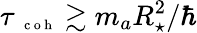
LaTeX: \tau{_{\mathrm{~\scriptsize~c~o~h~}}}\gtrsim m_{a}R_{\star}^{2}/\hbar